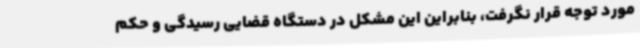
مورد توجه قرار نگرفت، بنابراین این مشکل در دستگاه قضایی رسیدگی و حکم